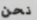
نحن